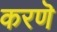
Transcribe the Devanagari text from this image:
करणॆ